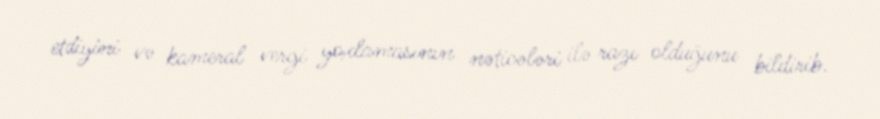
etdiyini və kameral vergi yoxlamasının nəticələri ilə razı olduğunu bildirib.